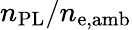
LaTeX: n_{\mathrm{PL}}/n_{\mathrm{e,amb}}